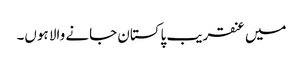
میں عنقریب پاکستان جانے والا ہوں۔